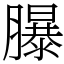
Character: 𦢊